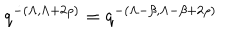
q ^ { - ( \Lambda , \Lambda + 2 \rho ) } = q ^ { - ( \Lambda - \beta , \Lambda - \beta + 2 \rho ) }